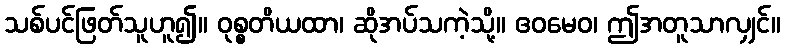
သစ်ပင်ဖြတ်သူဟူ၍။ ဝုစ္စတိယထာ၊ ဆိုအပ်သကဲ့သို့။ ဧဝမေဝ၊ ဤအတူသာလျှင်။